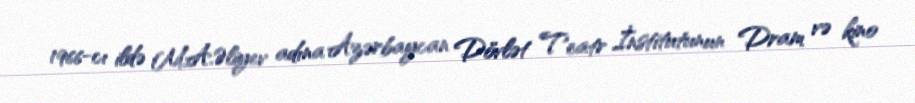
1966-cı ildə M.A.Əliyev adına Azərbaycan Dövlət Teatr İnstitutunun Dram və kino